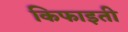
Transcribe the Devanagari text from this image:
किफाइती